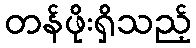
တန်ဖိုးရှိသည့်